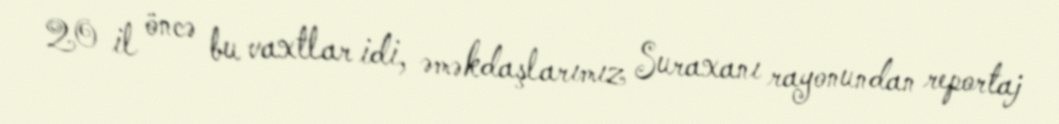
20 il öncə bu vaxtlar idi, əməkdaşlarımız Suraxanı rayonundan reportaj